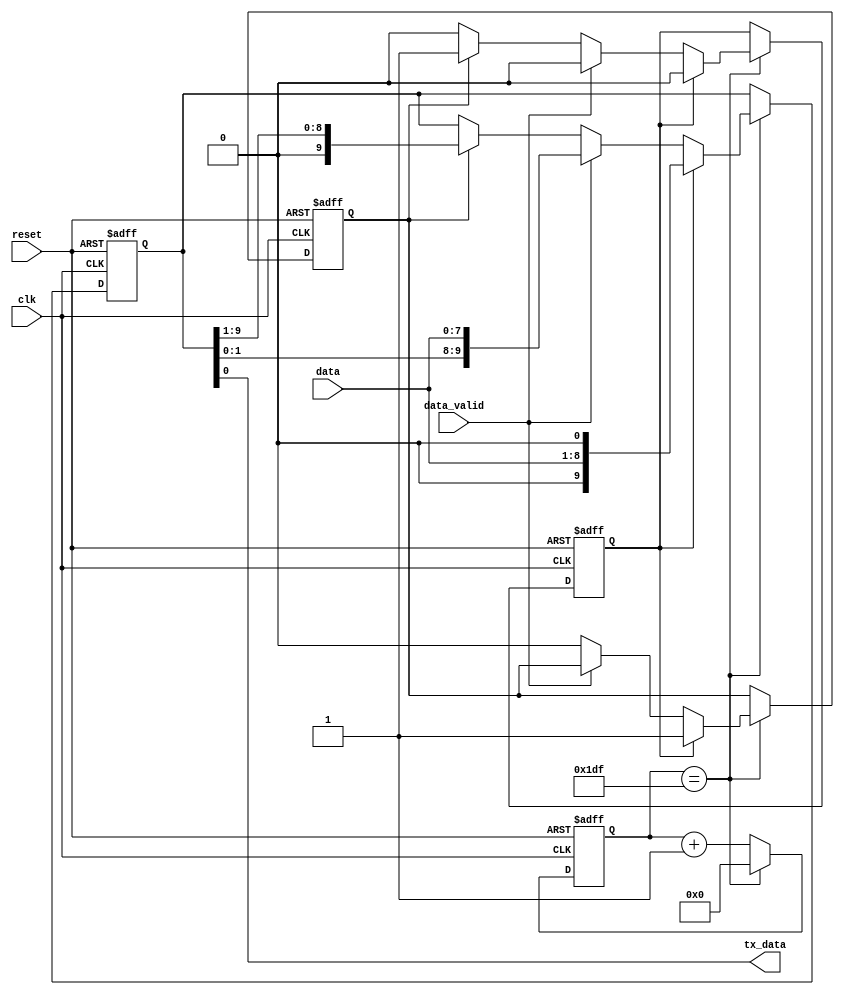
module UART_transmitter (
    input wire clk,         // System clock input
    input wire reset,       // Reset signal input
    input wire data_valid,  // Data valid signal input
    input wire [7:0] data,  // Data bits input
    output reg tx_data      // Serial data output
);

reg [11:0] baud_counter;    // Counter for generating baud rate
reg [9:0] shift_reg;        // Shift register for storing data bits
reg start_bit;              // Start bit for transmission
reg stop_bit;               // Stop bit for transmission

assign tx_data = shift_reg[0];  // Output serial data from shift register

always @(posedge clk or posedge reset) begin
    if (reset) begin
        baud_counter <= 12'd0;
        shift_reg <= 10'd0;
        start_bit <= 1'b0;
        stop_bit <= 1'b1;
    end else begin
        baud_counter <= baud_counter + 1;  // Increment baud counter
        if (baud_counter == 12'd479) begin  // Generate baud rate
            baud_counter <= 12'd0;
            if (start_bit) begin
                shift_reg <= {data, 1'b0};  // Shift in data bits with stop bit
                start_bit <= 1'b0;
                stop_bit <= 1'b1;
            end else if (data_valid) begin
                shift_reg <= {shift_reg[8:0], data};  // Shift in data bits
            end else if (stop_bit) begin
                shift_reg <= shift_reg >> 1;  // Shift out stop bit
                start_bit <= 1'b1;
                stop_bit <= 1'b0;
            end
        end
    end
end

endmodule